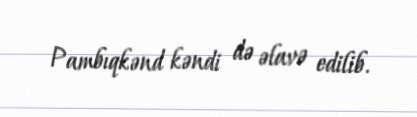
Pambıqkənd kəndi də əlavə edilib.